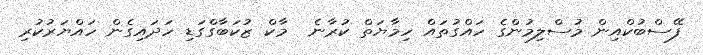
ފޭސްބުކްއިން މުސްލިމުންގެ ހައްގުތައް ހިމާޔަތް ކުރާނެ  މާކް ޒުކަބާގްގަޑި ހަދައިގެން ހައްޔަރުކުރި